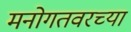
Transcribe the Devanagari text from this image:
मनोगतवरच्या